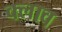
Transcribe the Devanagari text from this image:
क्लाव